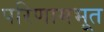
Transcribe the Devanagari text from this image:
परिणामभूत